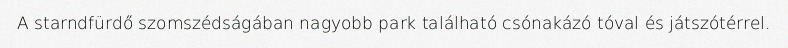
A starndfürdő szomszédságában nagyobb park található csónakázó tóval és játszótérrel.